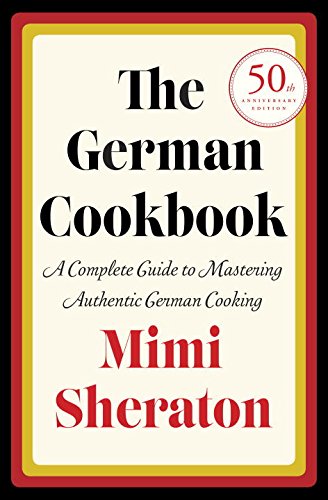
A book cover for The German Cookbook: A Complete Guide to Mastering Authentic German Cooking; Mimi Sheraton; Cookbooks, Food & Wine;